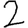
Digit: 2